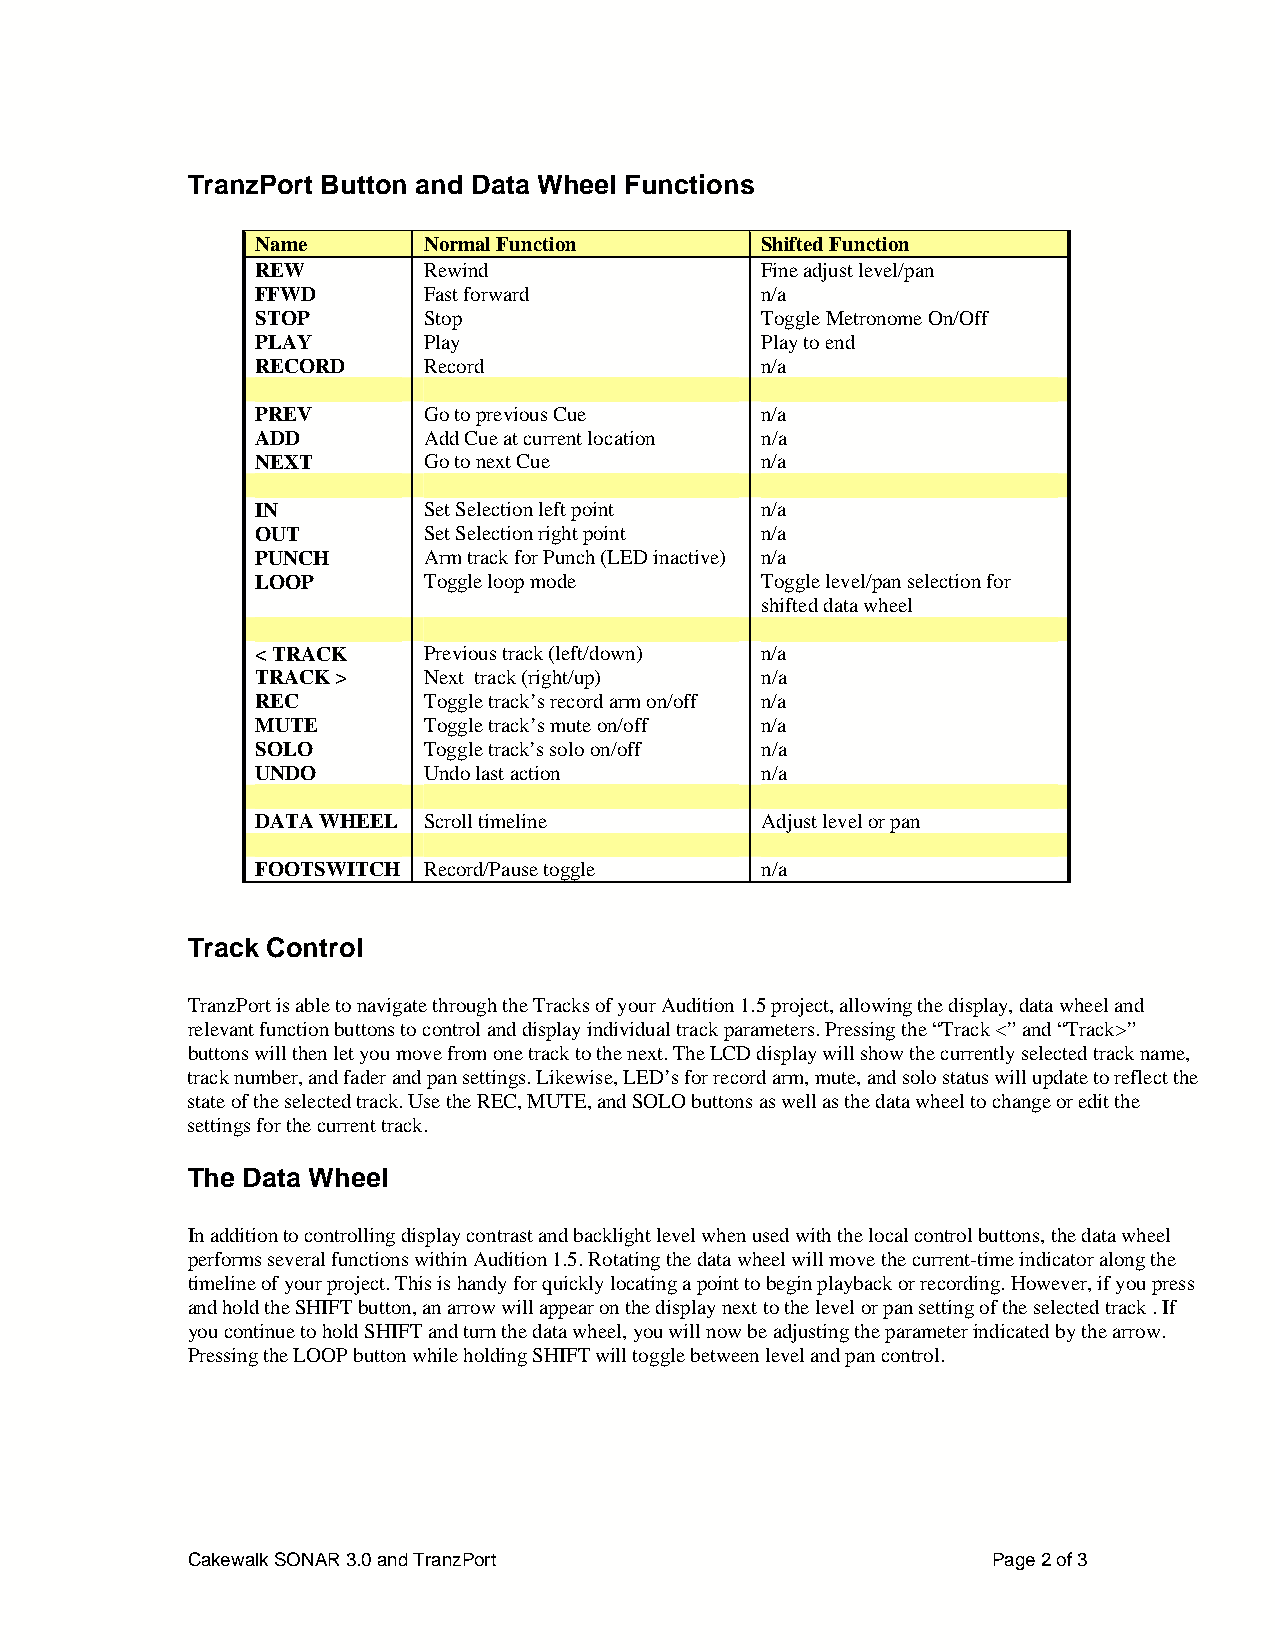
TranzPort Button and Data Wheel Functions
 Name       Normal Function       Shifted Function
 REW        Rewind                Fine adjust level/pan
 FFWD       Fast forward          n/a
 STOP       Stop                  Toggle Metronome On/Off
 PLAY       Play                  Play to end
 RECORD     Record                n/a
 PREV       Go to previous Cue    n/a
 ADD        Add Cue at current location n/a
 NEXT       Go to next Cue        n/a
 IN         Set Selection left point n/a
 OUT        Set Selection right point n/a
 PUNCH      Arm track for Punch (LED inactive) n/a
 LOOP       Toggle loop mode      Toggle level/pan selection for
 shifted data wheel
 < TRACK    Previous track (left/down) n/a
 TRACK >    Next track (right/up) n/a
 REC        Toggle track’s record arm on/off n/a
 MUTE       Toggle track’s mute on/off n/a
 SOLO       Toggle track’s solo on/off n/a
 UNDO       Undo last action      n/a
 DATA WHEEL Scroll timeline       Adjust level or pan
 FOOTSWITCH Record/Pause toggle   n/a
 Track Control
 TranzPort is able to navigate through the Tracks of your Audition 1.5 project, allowing the display, data wheel and
 relevant function buttons to control and display individual track parameters. Pressing the “Track <” and “Track>”
 buttons will then let you move from one track to the next. The LCD display will show the currently selected track name,
 track number, and fader and pan settings. Likewise, LED’s for record arm, mute, and solo status will update to reflect the
 state of the selected track. Use the REC, MUTE, and SOLO buttons as well as the data wheel to change or edit the
 settings for the current track.
 The Data Wheel
 In addition to controlling display contrast and backlight level when used with the local control buttons, the data wheel
 performs several functions within Audition 1.5. Rotating the data wheel will move the current-time indicator along the
 timeline of your project. This is handy for quickly locating a point to begin playback or recording. However, if you press
 and hold the SHIFT button, an arrow will appear on the display next to the level or pan setting of the selected track . If
 you continue to hold SHIFT and turn the data wheel, you will now be adjusting the parameter indicated by the arrow.
 Pressing the LOOP button while holding SHIFT will toggle between level and pan control.
 Cakewalk SONAR 3.0 and TranzPort                      Page 2 of 3